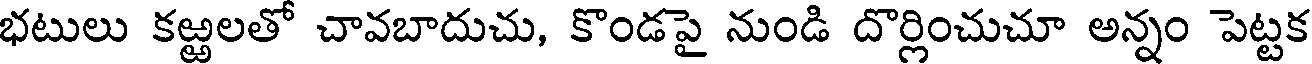
భటులు కఱ్ఱలతో చావబాదుచు, కొండపై నుండి దొర్లించుచూ అన్నం పెట్టక